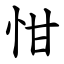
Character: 㤌